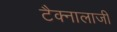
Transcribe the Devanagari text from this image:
टैक्नालाजी